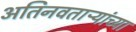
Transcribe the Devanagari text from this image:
अतिनवताऱ्यांच्या